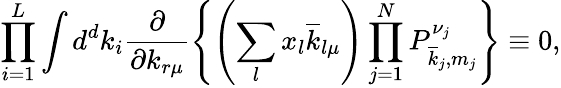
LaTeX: \prod_{i=1}^{L}\int d^{d}k_{i}\frac{\partial}{\partial k_{r\mu}}\left\{ \left(\sum_{l}x_{l}\overline{{{k}}}_{l\mu}\right)\prod_{j=1}^{N}P_{\overline{{{k}}}_{j},m_{j}}^{\nu_{j}}\right\} \equiv 0,